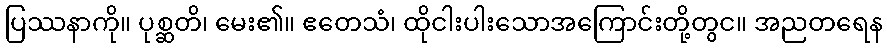
ပြဿနာကို။ ပုစ္ဆတိ၊ မေး၏။ ဧတေသံ၊ ထိုငါးပါးသောအကြောင်းတို့တွင။ အညတရေန